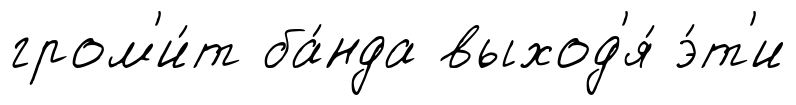
гром'и́т ба́нда выход'я́ э́т'и